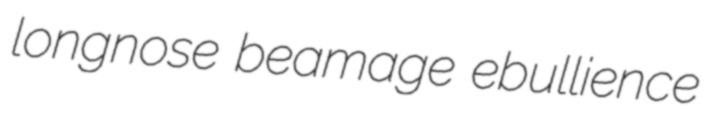
longnose beamage ebullience